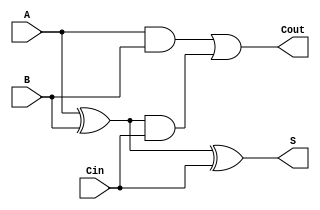
module CarryLookaheadFullAdder (
    input wire A,      // First input bit
    input wire B,      // Second input bit
    input wire Cin,    // Carry-in bit
    output wire S,     // Sum output
    output wire Cout   // Carry-out output
);

    // Internal signals for propagate and generate
    wire P;           // Propagate signal
    wire G;           // Generate signal
    wire C1;          // Carry output from the first stage

    // Generate and Propagate calculations
    assign P = A ^ B; // P = A XOR B
    assign G = A & B; // G = A AND B

    // Carry-out calculation
    assign C1 = G | (P & Cin); // C1 = G + (P AND Cin)

    // Sum calculation
    assign S = P ^ Cin; // S = P XOR Cin

    // Carry-out output
    assign Cout = C1; // Cout = C1

endmodule